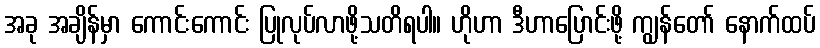
အခု အချိန်မှာ ကောင်းကောင်း ပြုလုပ်လာဖို့သတိရပါ။ ဟိုဟာ ဒီဟာပြောင်းဖို့ ကျွန်တော် နောက်ထပ်